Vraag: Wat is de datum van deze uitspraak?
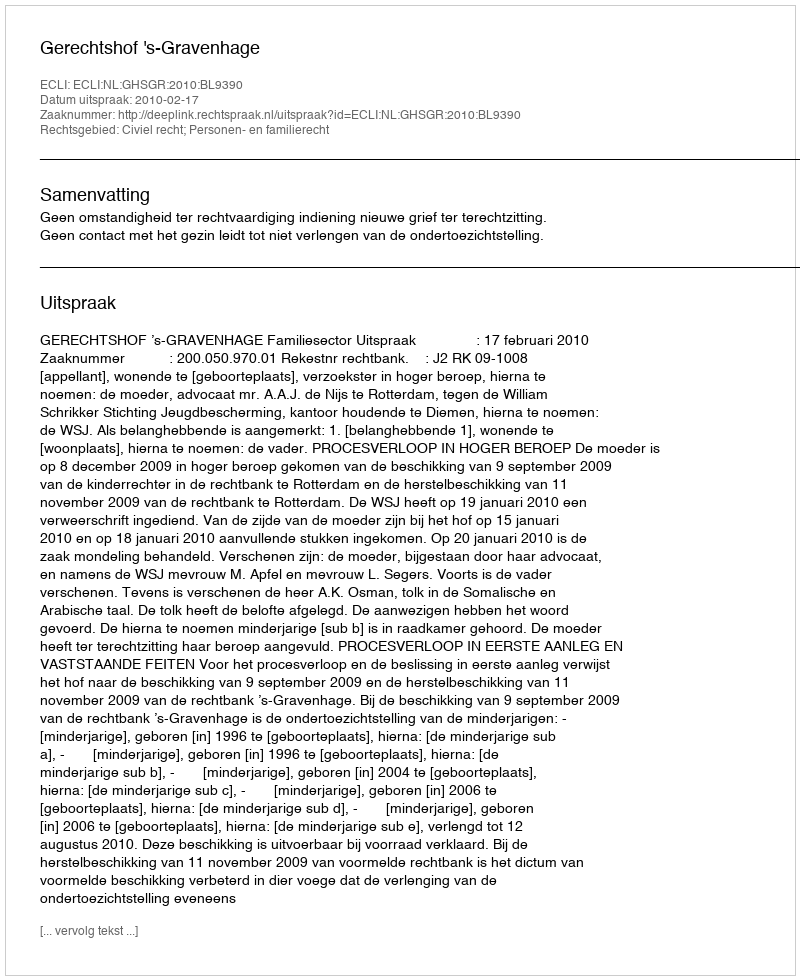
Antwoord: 2010-02-17